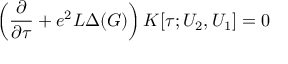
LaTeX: \left( \frac { \partial } { \partial \tau } + e ^ { 2 } L \Delta ( G ) \right) K [ \tau ; U _ { 2 } , U _ { 1 } ] = 0